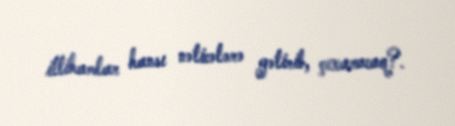
ittihamlar hansı nəticələrə gətirib, çıxaracaq?.